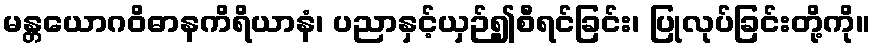
မန္တယောဂဝိဓာနကိရိယာနံ၊ ပညာနှင့်ယှဉ်၍စီရင်ခြင်း၊ ပြုလုပ်ခြင်းတို့ကို။